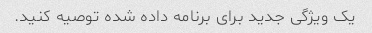
یک ویژگی جدید برای برنامه داده شده توصیه کنید.